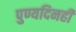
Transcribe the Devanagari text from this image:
पुण्यदिनही